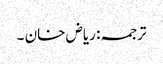
ترجمہ: ریاض خان ۔